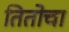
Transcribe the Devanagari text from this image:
तितोचा